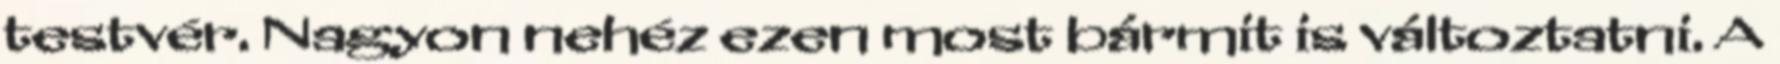
testvér. Nagyon nehéz ezen most bármit is változtatni. A